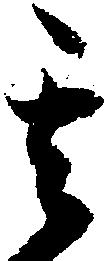
其